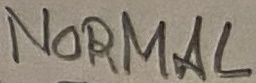
Text: NORMAL